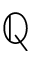
\mathbb { Q }